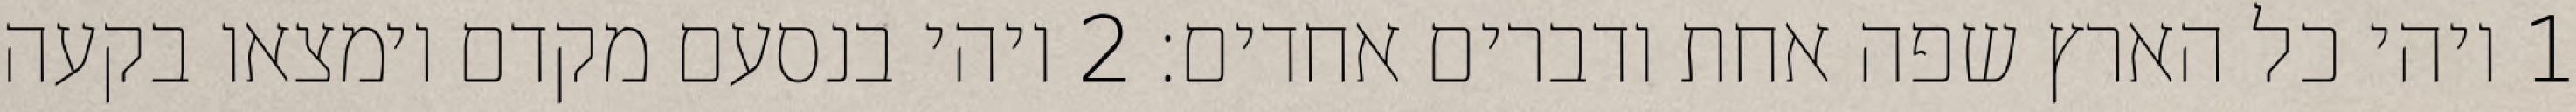
1 ויהי כל הארץ שפה אחת ודברים אחדים׃ ‎2‏ ויהי בנסעם מקדם וימצאו בקעה